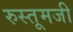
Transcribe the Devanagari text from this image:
रुस्तूमजी